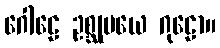
ဂေါဠေ ဥစ္ဆုမယေ ဂုဠော။